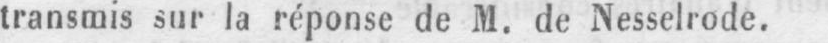
transmis sur la réponse de M. de Nesselrode.